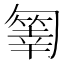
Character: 𠤄